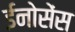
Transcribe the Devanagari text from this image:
ईनोसेंस